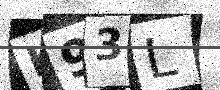
Text: K93L